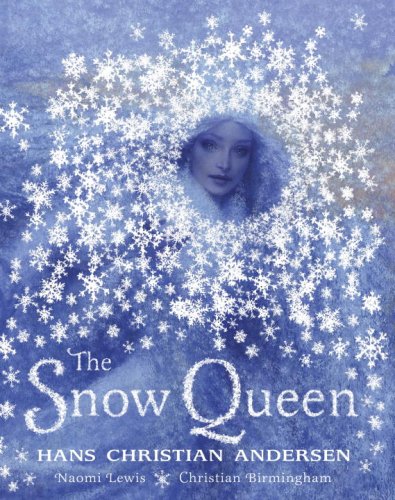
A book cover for The Snow Queen; Hans Christian Andersen; Children's Books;